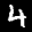
Label: 4